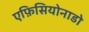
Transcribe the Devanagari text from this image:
एफ़िसियोनाडो